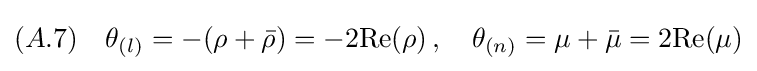
(A.7)\quad \theta _{(l)}=-(\rho +{\bar {\rho }})=-2{\text{Re}}(\rho )\,,\quad \theta _{(n)}=\mu +{\bar {\mu }}=2{\text{Re}}(\mu )